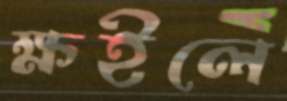
ক্ষইলে